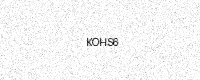
Text: KOHS6